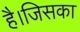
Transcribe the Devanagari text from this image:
है।जिसका